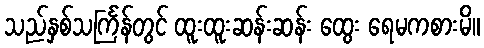
သည်နှစ်သင်္ကြန်တွင် ထူးထူးဆန်းဆန်း ထွေး ရေမကစားမိ။